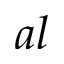
a l